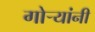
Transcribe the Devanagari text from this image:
गोऱ्यांनी